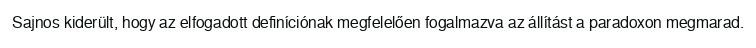
Sajnos kiderült, hogy az elfogadott definíciónak megfelelően fogalmazva az állítást a paradoxon megmarad.